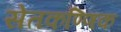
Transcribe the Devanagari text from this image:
सेतकण्णिक